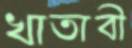
খাতাবী